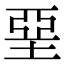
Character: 堊